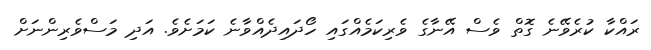
ރައްކާ ކުރެވޭނެ ގޮތް ވެސް އޭނާގެ ވެރިކަމެއްގައި ހޯދައިދެއްވާނެ ކަމަށެވެ. އަދި މަސްވެރިންނަށް